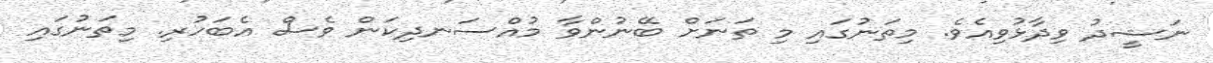
ނަޝީދު ވިދާޅުވިއެވެ. މިތަނުގައި މި ތަނަށް ބޭނުންވާ މުއްސަނދިކަން ވެސް އެބަހުރި. މިތަނުގައި